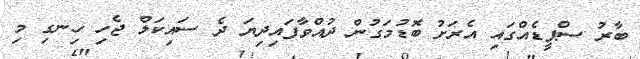
ބާރު ސްޕީޑެއްގައި އެރަށު ބޮޑުމަގުން ދުއްވާފައިދިޔަ ދެ ސައިކަލް ޖެހި ހިނގި މި